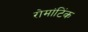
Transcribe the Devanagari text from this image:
रोमांटिंक